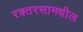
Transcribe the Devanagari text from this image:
रक्तरसामधील